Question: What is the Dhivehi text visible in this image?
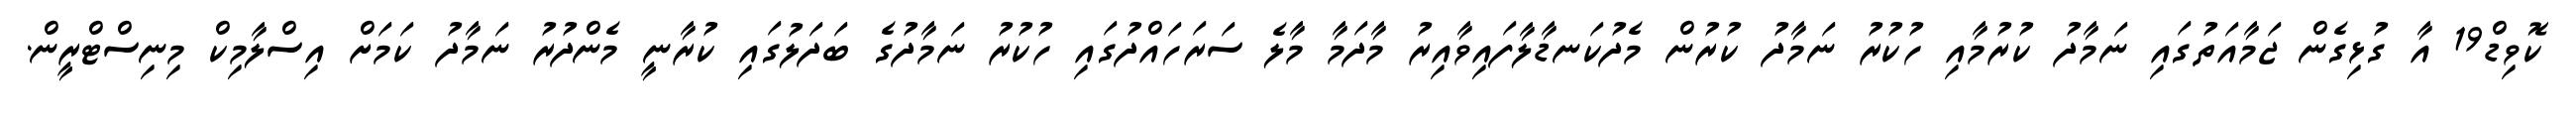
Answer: ކޮވިޑް19 އާ ގުޅިގެން ޖަމާއަތުގައި ނަމާދު ކުރުމާއި ހުކުރު ނަމާދު ކުރުން މެދުކަނޑާލާފައިވާއިރު މާދަމާ މާލެ ސަރަހައްދުގައި ހުކުރު ނަމާދުގެ ބަދަލުގައި ކުރާނީ މެންދުރު ނަމާދު ކަމަށް އިސްލާމިކް މިނިސްޓްރީން.